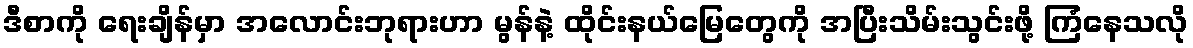
ဒီစာကို ရေးချိန်မှာ အလောင်းဘုရားဟာ မွန်နဲ့ ထိုင်းနယ်မြေတွေကို အပြီးသိမ်းသွင်းဖို့ ကြံနေသလို